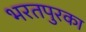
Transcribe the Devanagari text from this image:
भरतपुरका